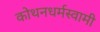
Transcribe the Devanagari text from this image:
कोथनधर्मस्वामी